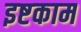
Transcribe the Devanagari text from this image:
इष्टकाम